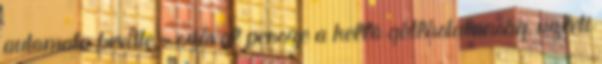
automata bevitte - szóval persze a kellõ gátlástalanság, üzleti